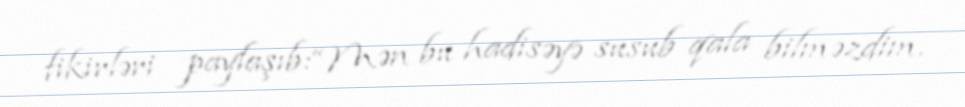
fikirləri paylaşıb:“Mən bu hadisəyə susub qala bilməzdim.